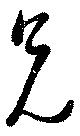
兄